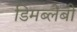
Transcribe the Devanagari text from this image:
डिमब्लेबी